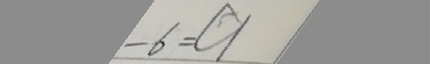
- 6 = 9